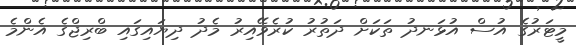
މީޓަރުގެ އުސް އުޅަނދު ތަކަށް ދަތުރު ކުރެވޭއިރު މެދު ދިޔައިގައި ބްރިޖްގެ އެންމެ